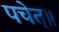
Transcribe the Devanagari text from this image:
पचेत्॥